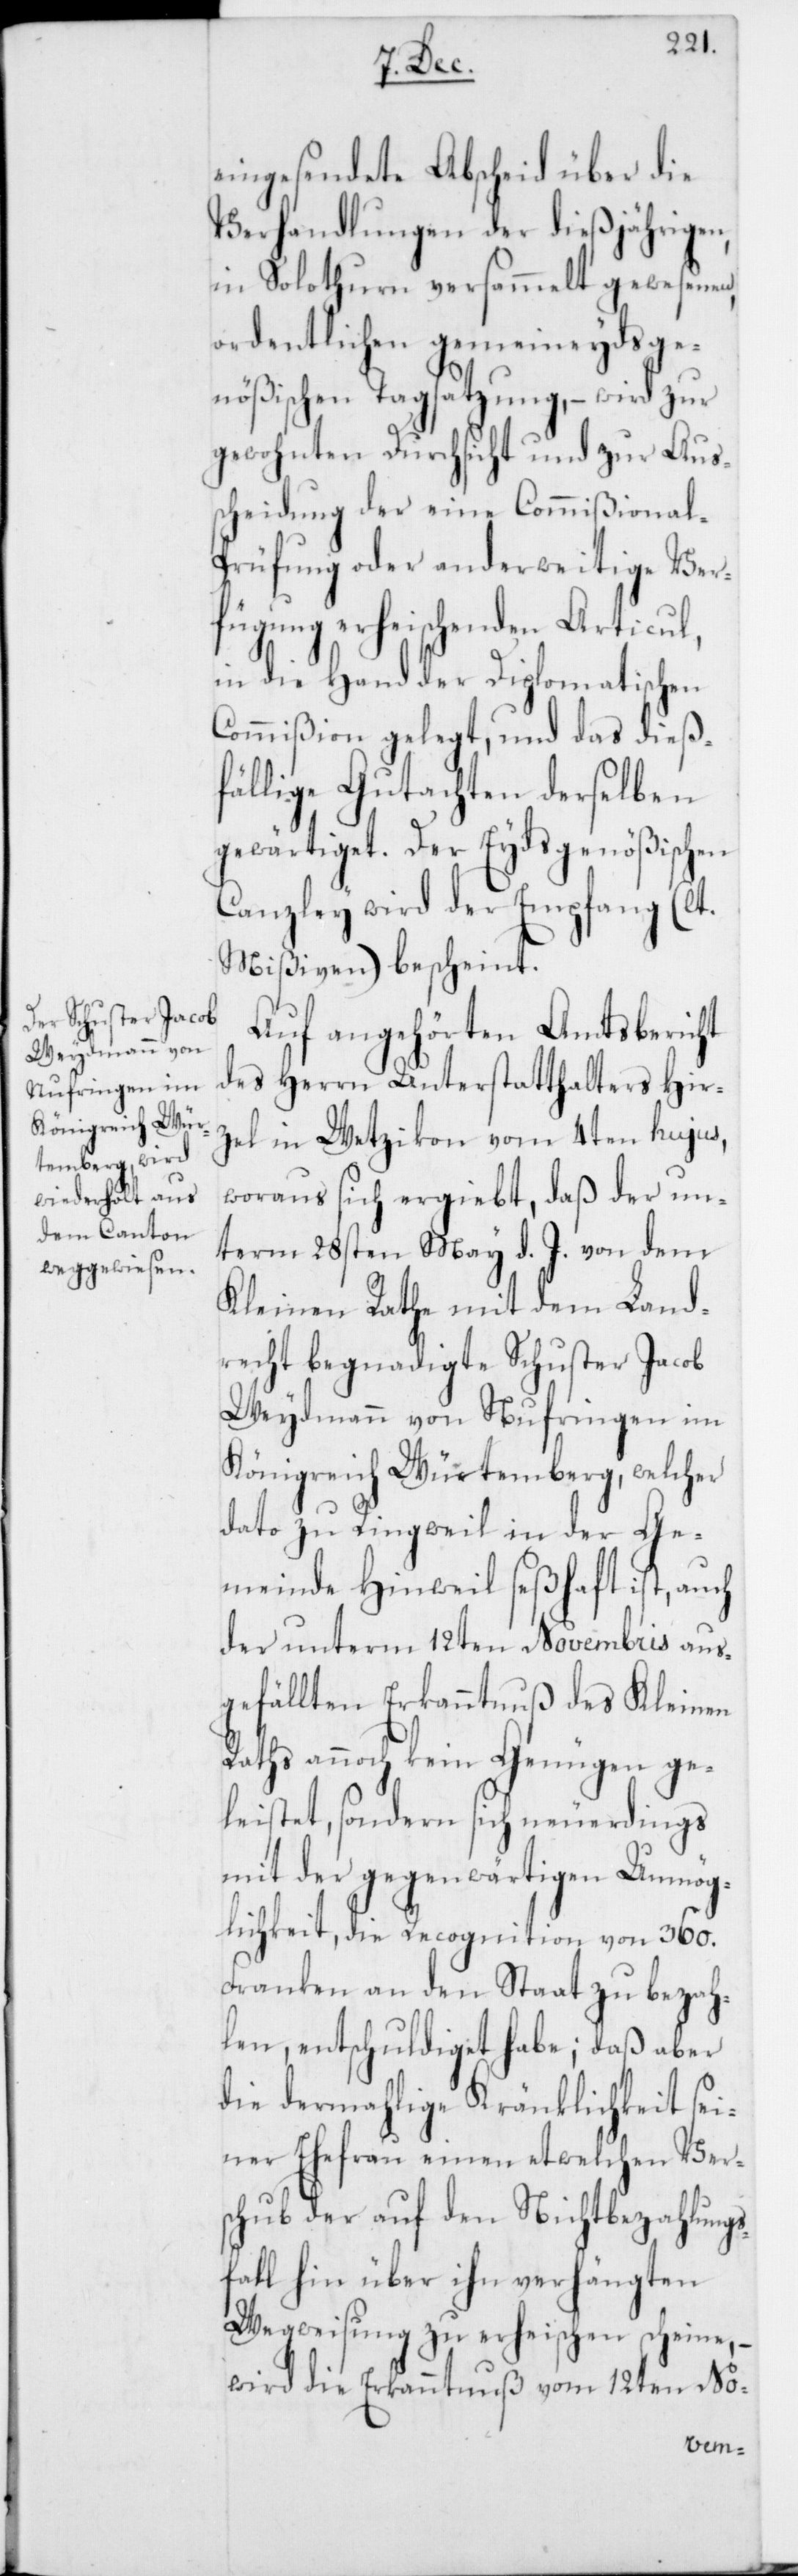
eingesendete Abscheid über die
Verhandlungen der dießjährigen,
in Solothurn versammelt gewesenen,
ordentlichen gemeineydsge¬
nößischen Tagsatzung, – wird zur
gewohnten Durchsicht und zur Aus¬
scheidung der eine Commißional-P¬
rüfung oder anderweitige Ver¬
fügung erheischenden Articul,
in die Hand der Diplomatischen
Commißion gelegt, und das dieß¬
fällige Gutachten derselben
gewärtiget. Der Eydsgenößischen
Canzley wird der Empfang (lt.
Mißiven) bescheint.
Auf angehörten Amtsbericht
des Herrn Unterstatthalters Hir¬
zel in Wetzikon vom 4ten hujus,
woraus sich ergiebt, daß der un¬
term 28sten May d. J. von dem
Kleinen Rathe mit dem Land¬
recht begnadigte Schuster Jacob
Weydmann von Nufringen im
Königreich Würtemberg, welcher
dato zu Ringwil in der Ge¬
meinde Hinweil seßhaft ist, auch
der unterm 12ten Novembris aus¬
gefällten Erkanntnuß des Kleinen
Raths annoch kein Genügen ge¬
leistet, sondern sich neuerdings
mit der gegenwärtigen Unmög¬
lichkeit, die Recognition von 360.
Franken an den Staat zu bezah¬
len, entschuldiget habe; daß aber
die dermahlige Kränklichkeit sei¬
ner Ehefrau einen etwelchen Ver¬
schub der auf den Nichtbezahlung¬
sfall hin über ihn verhängten
Wegweisung zu erheischen scheine, –
wird die Erkanntnuß vom 12ten No-